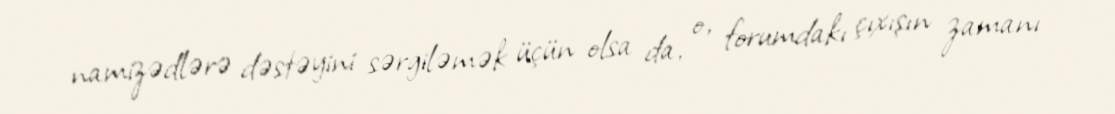
namizədlərə dəstəyini sərgiləmək üçün olsa da, o, forumdakı çıxışın zamanı